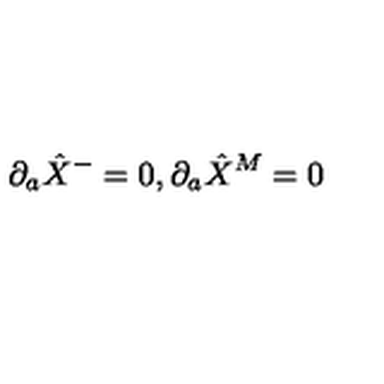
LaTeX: \partial _ { a } \hat { X } ^ { - } = 0 , \partial _ { a } \hat { X } ^ { M } = 0